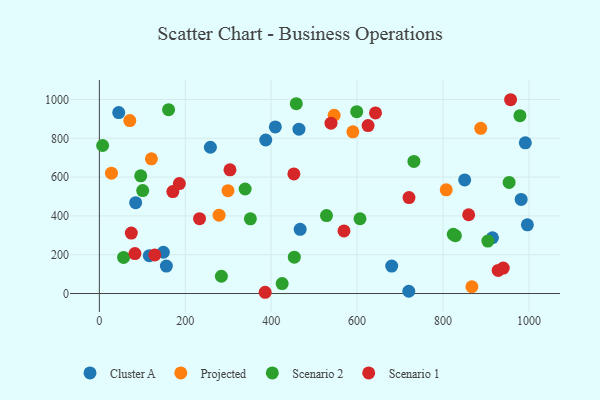
{"axis": {"x": "Ad Spend", "y": "Exam Score"}, "legend": ["Cluster A", "Projected", "Scenario 1", "Scenario 2"], "data": [{"x": "149.0", "y": 212.8, "type": "Cluster A"}, {"x": "982.0", "y": 484.9, "type": "Cluster A"}, {"x": "156.0", "y": 141.6, "type": "Cluster A"}, {"x": "84.5", "y": 468.4, "type": "Cluster A"}, {"x": "116.3", "y": 194.9, "type": "Cluster A"}, {"x": "45.1", "y": 932.6, "type": "Cluster A"}, {"x": "720.4", "y": 11.8, "type": "Cluster A"}, {"x": "915.2", "y": 287.4, "type": "Cluster A"}, {"x": "464.7", "y": 847.1, "type": "Cluster A"}, {"x": "850.5", "y": 585.5, "type": "Cluster A"}, {"x": "409.7", "y": 858.7, "type": "Cluster A"}, {"x": "991.7", "y": 776.7, "type": "Cluster A"}, {"x": "387.4", "y": 791.3, "type": "Cluster A"}, {"x": "467.5", "y": 331.0, "type": "Cluster A"}, {"x": "996.5", "y": 354.3, "type": "Cluster A"}, {"x": "680.6", "y": 141.3, "type": "Cluster A"}, {"x": "258.5", "y": 753.9, "type": "Cluster A"}, {"x": "807.6", "y": 534.7, "type": "Projected"}, {"x": "299.5", "y": 530.1, "type": "Projected"}, {"x": "278.7", "y": 403.7, "type": "Projected"}, {"x": "867.3", "y": 35.0, "type": "Projected"}, {"x": "28.2", "y": 620.1, "type": "Projected"}, {"x": "546.6", "y": 919.0, "type": "Projected"}, {"x": "121.2", "y": 694.1, "type": "Projected"}, {"x": "70.9", "y": 891.2, "type": "Projected"}, {"x": "590.2", "y": 833.2, "type": "Projected"}, {"x": "887.9", "y": 851.5, "type": "Projected"}, {"x": "979.2", "y": 916.8, "type": "Scenario 2"}, {"x": "828.9", "y": 297.9, "type": "Scenario 2"}, {"x": "954.0", "y": 572.5, "type": "Scenario 2"}, {"x": "161.2", "y": 947.8, "type": "Scenario 2"}, {"x": "732.3", "y": 681.0, "type": "Scenario 2"}, {"x": "284.1", "y": 89.0, "type": "Scenario 2"}, {"x": "100.9", "y": 530.6, "type": "Scenario 2"}, {"x": "56.4", "y": 186.2, "type": "Scenario 2"}, {"x": "606.8", "y": 385.3, "type": "Scenario 2"}, {"x": "458.5", "y": 978.4, "type": "Scenario 2"}, {"x": "7.6", "y": 763.0, "type": "Scenario 2"}, {"x": "425.6", "y": 51.1, "type": "Scenario 2"}, {"x": "453.9", "y": 187.4, "type": "Scenario 2"}, {"x": "824.0", "y": 305.3, "type": "Scenario 2"}, {"x": "339.4", "y": 538.8, "type": "Scenario 2"}, {"x": "904.5", "y": 270.4, "type": "Scenario 2"}, {"x": "96.3", "y": 606.5, "type": "Scenario 2"}, {"x": "599.2", "y": 937.4, "type": "Scenario 2"}, {"x": "528.8", "y": 401.7, "type": "Scenario 2"}, {"x": "351.6", "y": 384.9, "type": "Scenario 2"}, {"x": "928.5", "y": 119.2, "type": "Scenario 1"}, {"x": "539.3", "y": 877.8, "type": "Scenario 1"}, {"x": "304.1", "y": 637.6, "type": "Scenario 1"}, {"x": "386.0", "y": 6.4, "type": "Scenario 1"}, {"x": "452.9", "y": 616.2, "type": "Scenario 1"}, {"x": "642.9", "y": 930.7, "type": "Scenario 1"}, {"x": "720.9", "y": 494.6, "type": "Scenario 1"}, {"x": "186.2", "y": 566.9, "type": "Scenario 1"}, {"x": "171.1", "y": 525.6, "type": "Scenario 1"}, {"x": "569.5", "y": 322.8, "type": "Scenario 1"}, {"x": "859.8", "y": 406.1, "type": "Scenario 1"}, {"x": "957.4", "y": 998.9, "type": "Scenario 1"}, {"x": "625.6", "y": 865.6, "type": "Scenario 1"}, {"x": "74.4", "y": 311.7, "type": "Scenario 1"}, {"x": "129.0", "y": 199.0, "type": "Scenario 1"}, {"x": "940.3", "y": 131.1, "type": "Scenario 1"}, {"x": "233.2", "y": 386.0, "type": "Scenario 1"}, {"x": "82.8", "y": 206.0, "type": "Scenario 1"}]}